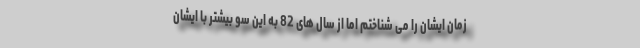
زمان ایشان را می شناختم اما از سال های 82 به این سو بیشتر با ایشان